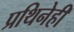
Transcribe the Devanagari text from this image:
प्रथिनेही